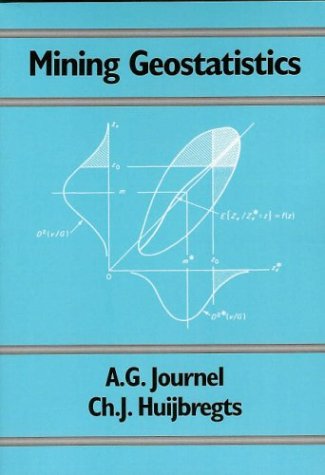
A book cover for Mining Geostatistics; A.G. Journel; Science & Math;